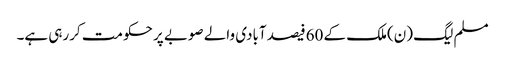
مسلم لیگ (ن)ملک کے 60فیصد آبادی والے صوبے پر حکومت کررہی ہے۔